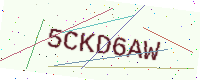
Text: 5CKD6AW